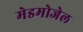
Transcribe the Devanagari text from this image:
मेडमोजेल